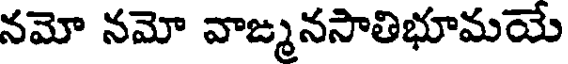
నమో నమో వాఙ్మనసాతిభూమయే